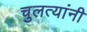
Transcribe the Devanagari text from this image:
चुलत्यांनी